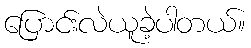
ပြောင်းလဲယူခဲ့ပါတယ်။